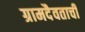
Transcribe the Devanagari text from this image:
ग्रामदैवताची